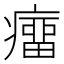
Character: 癅